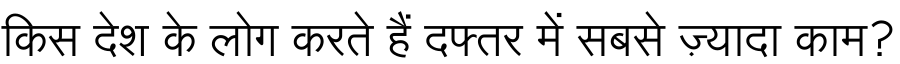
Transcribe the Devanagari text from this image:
किस देश के लोग करते हैं दफ्तर में सबसे ज़्यादा काम?